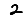
Digit: 2